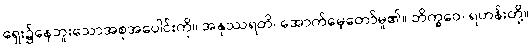
ရှေး၌နေဘူးသောအစုအပေါင်းကို။ အနုဿရတိ၊ အောက်မေ့တော်မူ၏။ ဘိက္ခဝေ၊ ရဟန်းတို့။